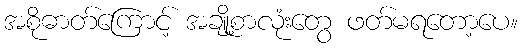
အစိုဓာတ်ကြောင့် အချို့စာလုံးတွေ ဖတ်မရတော့ပေ။